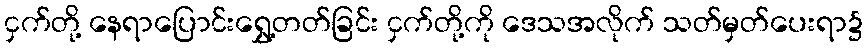
ငှက်တို့ နေရာပြောင်းရွှေ့တတ်ခြင်း ငှက်တို့ကို ဒေသအလိုက် သတ်မှတ်ပေးရာ၌